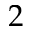
2